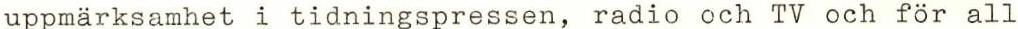
uppmärksamhet i tidningspressen, radio och TV och för all